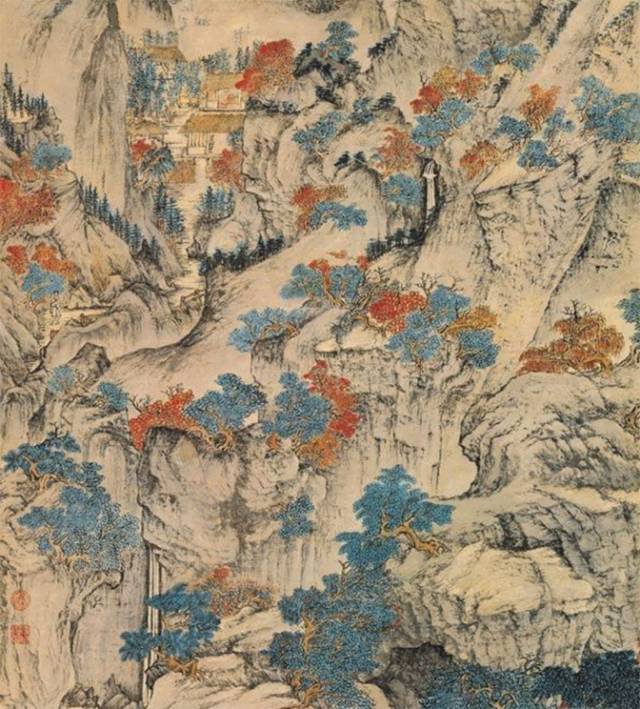
怅望千秋一洒泪，萧条异代不同时。